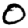
Digit: 0